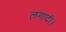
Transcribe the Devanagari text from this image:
लगादी।